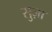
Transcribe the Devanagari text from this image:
सुज़ा